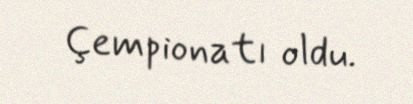
Çempionatı oldu.